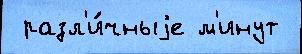
 разл'и́чныjе м'инут